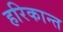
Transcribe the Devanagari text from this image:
हरिकान्त